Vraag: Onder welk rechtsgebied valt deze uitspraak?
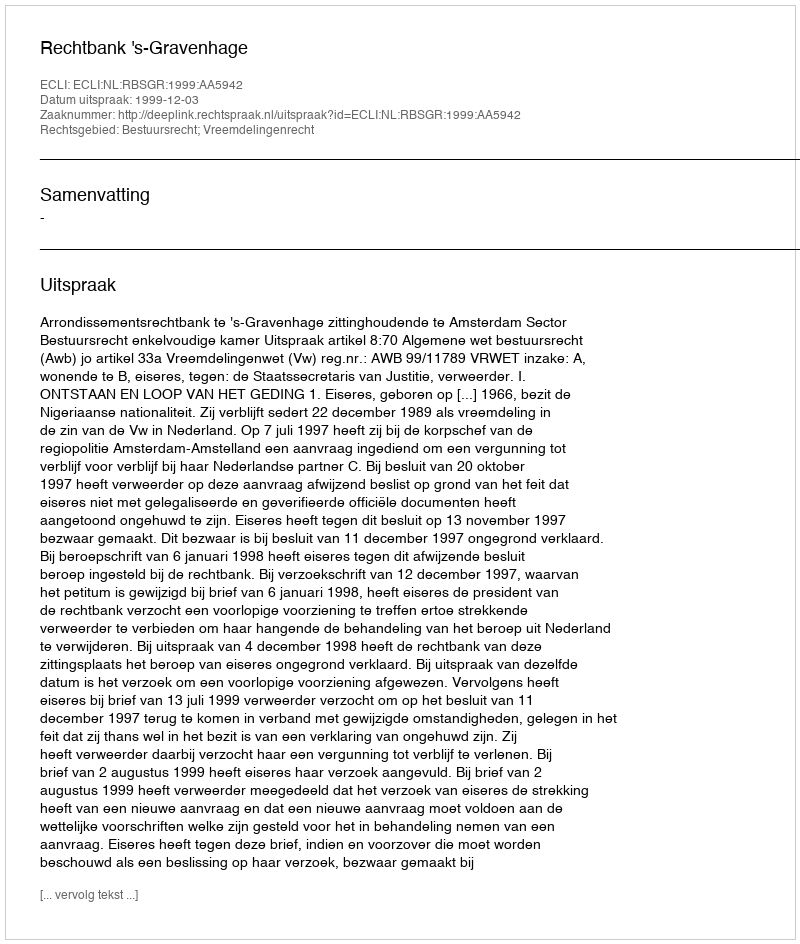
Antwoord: Bestuursrecht; Vreemdelingenrecht